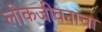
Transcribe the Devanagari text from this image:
लोकजीवनाचा